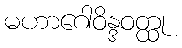
မဟာဂေါဝိန္ဒဝတ္ထု